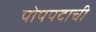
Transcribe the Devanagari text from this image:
पोपपदाची